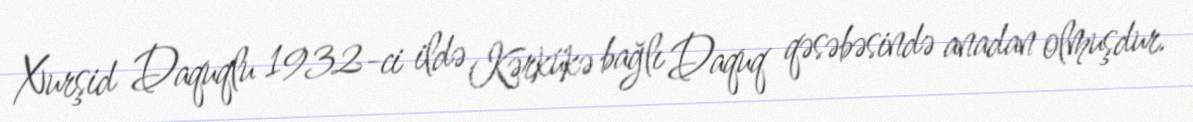
Xurşid Daquqlu 1932-ci ildə Kərkükə bağlı Daquq qəsəbəsində anadan olmuşdur.